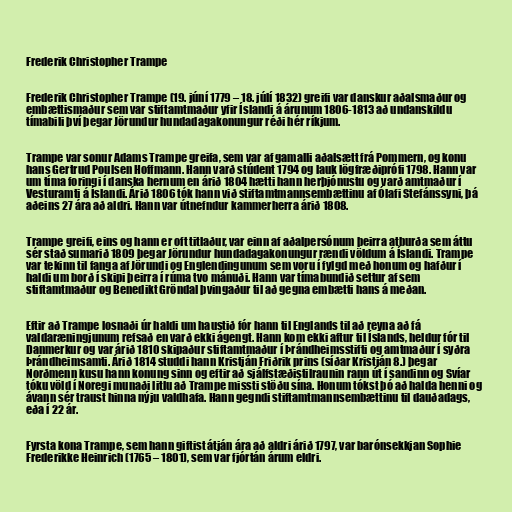
Frederik Christopher Trampe

Frederik Christopher Trampe (19. júní 1779 – 18. júlí 1832) greifi var danskur aðalsmaður og
embættismaður sem var stiftamtmaður yfir Íslandi á árunum 1806-1813 að undanskildu
tímabili því þegar Jörundur hundadagakonungur réði hér ríkjum.

Trampe var sonur Adams Trampe greifa, sem var af gamalli aðalsætt frá Pommern, og konu
hans Gertrud Poulsen Hoffmann. Hann varð stúdent 1794 og lauk lögfræðiprófi 1798. Hann var
um tíma foringi í danska hernum en árið 1804 hætti hann herþjónustu og varð amtmaður í
Vesturamti á Íslandi. Árið 1806 tók hann við stiftamtmannsembættinu af Ólafi Stefánssyni, þá
aðeins 27 ára að aldri. Hann var útnefndur kammerherra árið 1808.

Trampe greifi, eins og hann er oft titlaður, var einn af aðalpersónum þeirra atburða sem áttu
sér stað sumarið 1809 þegar Jörundur hundadagakonungur rændi völdum á Íslandi. Trampe
var tekinn til fanga af Jörundi og Englendingunum sem voru í fylgd með honum og hafður í
haldi um borð í skipi þeirra í rúma tvo mánuði. Hann var tímabundið settur af sem
stiftamtmaður og Benedikt Gröndal þvingaður til að gegna embætti hans á meðan.

Eftir að Trampe losnaði úr haldi um haustið fór hann til Englands til að reyna að fá
valdaræningjunum refsað en varð ekki ágengt. Hann kom ekki aftur til Íslands, heldur fór til
Danmerkur og var árið 1810 skipaður stiftamtmaður í Þrándheimsstifti og amtmaður í syðra
Þrándheimsamti. Árið 1814 studdi hann Kristján Friðrik prins (síðar Kristján 8.) þegar
Norðmenn kusu hann konung sinn og eftir að sjálfstæðistilraunin rann út í sandinn og Svíar
tóku völd í Noregi munaði litlu að Trampe missti stöðu sína. Honum tókst þó að halda henni og
ávann sér traust hinna nýju valdhafa. Hann gegndi stiftamtmannsembættinu til dauðadags,
eða í 22 ár.

Fyrsta kona Trampe, sem hann giftist átján ára að aldri árið 1797, var barónsekkjan Sophie
Frederikke Heinrich (1765 – 1801), sem var fjórtán árum eldri.